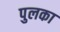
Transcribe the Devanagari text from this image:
पुलका